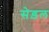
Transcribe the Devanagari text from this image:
सेड़ल